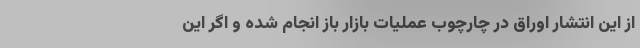
از این انتشار اوراق در چارچوب عملیات بازار باز انجام شده و اگر این